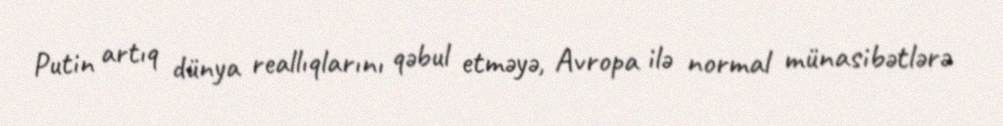
Putin artıq dünya reallıqlarını qəbul etməyə, Avropa ilə normal münasibətlərə